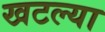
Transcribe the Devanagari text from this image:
खटल्या